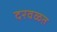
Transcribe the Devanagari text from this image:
दरवळत